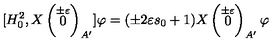
[ H _ { 0 } ^ { 2 } , X \left( \stackrel { \pm \varepsilon } { 0 } \right) _ { A ^ { \prime } } ] \varphi = ( \pm 2 \varepsilon s _ { 0 } + 1 ) X \left( \stackrel { \pm \varepsilon } { 0 } \right) _ { A ^ { \prime } } \varphi